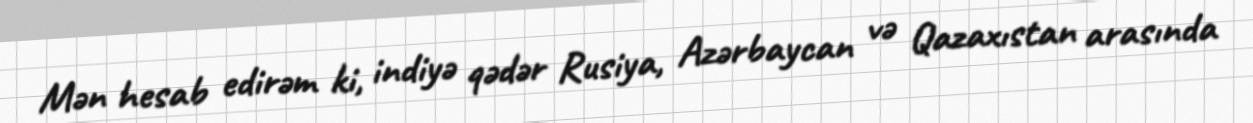
Mən hesab edirəm ki, indiyə qədər Rusiya, Azərbaycan və Qazaxıstan arasında